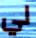
لي